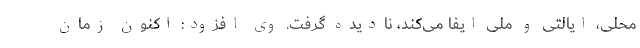
محلی، ایالتی و ملی ایفا می‌کند، نادیده گرفت. وی افزود: اکنون زمان